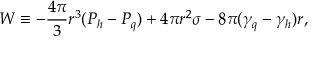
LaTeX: W \equiv - \frac { 4 \pi } { 3 } r ^ { 3 } ( P _ { h } - P _ { q } ) + 4 \pi r ^ { 2 } \sigma - 8 \pi ( \gamma _ { q } - \gamma _ { h } ) r ,